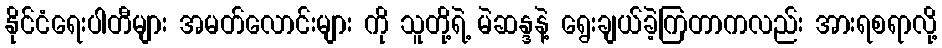
နိုင်ငံရေးပါတီများ အမတ်လောင်းများ ကို သူတို့ရဲ့ မဲဆန္ဒနဲ့ ရွေးချယ်ခဲ့ကြတာကလည်း အားရစရာလို့